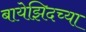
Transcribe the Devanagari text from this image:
बायेझिदच्या